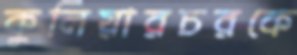
কুলিয়ারচরকে